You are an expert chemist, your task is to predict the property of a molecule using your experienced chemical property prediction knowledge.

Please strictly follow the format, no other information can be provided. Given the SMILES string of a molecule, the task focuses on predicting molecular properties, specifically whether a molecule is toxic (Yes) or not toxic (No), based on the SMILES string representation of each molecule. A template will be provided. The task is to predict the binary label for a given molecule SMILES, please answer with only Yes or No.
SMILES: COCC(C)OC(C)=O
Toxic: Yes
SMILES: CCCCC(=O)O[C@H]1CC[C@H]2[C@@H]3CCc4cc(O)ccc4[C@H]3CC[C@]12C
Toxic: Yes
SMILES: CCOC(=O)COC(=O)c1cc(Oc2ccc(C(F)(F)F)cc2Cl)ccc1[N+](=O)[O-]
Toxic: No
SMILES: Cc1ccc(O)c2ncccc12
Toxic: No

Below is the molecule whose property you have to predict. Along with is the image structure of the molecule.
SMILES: CCCCC(CC)COC(=O)c1ccccc1O
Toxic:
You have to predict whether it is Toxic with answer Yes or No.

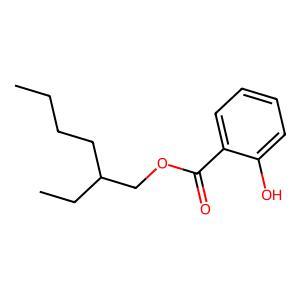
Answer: No